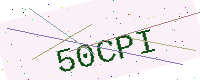
Text: 50CPI